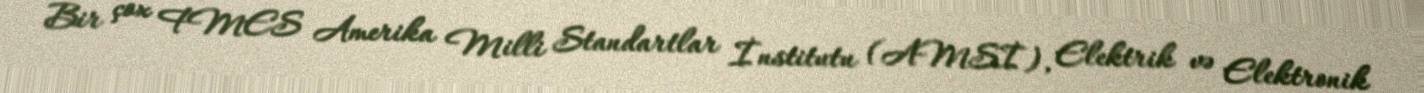
Bir çox FMES Amerika Milli Standartlar İnstitutu (AMSİ), Elektrik və Elektronik